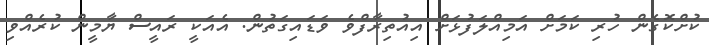
ކުށްކޮގެން ހުރި ކަމަށް އަމިއްލަފުޅަށް އިއުތިރާފްވެ ވަޑައިގަތުން. އެއަކީ ރައީސް ޔާމީން ކުރެއްވި